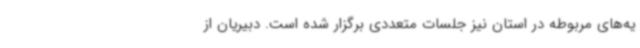
یه‌های مربوطه در استان نیز جلسات متعددی برگزار شده است. دبیریان از